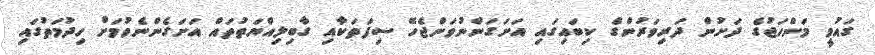
ގައުމީ މަންހަޖުގެ ދަށުން ދަރިވަރުންގެ ކިބައިގައި އަށަގަންނުވަންޖެހޭ ސިފަތަކާއި ގާބިލިއްޔަތުތައް އަށަގެންނެވުމަށް ހިދުމަތުގައި